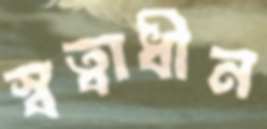
স্বত্বাধীন